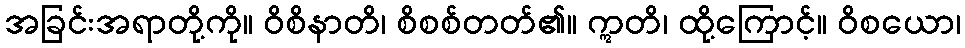
အခြင်းအရာတို့ကို။ ဝိစိနာတိ၊ စိစစ်တတ်၏။ ဣတိ၊ ထို့ကြောင့်။ ဝိစယော၊